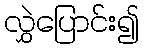
လွှဲပြောင်း၍